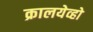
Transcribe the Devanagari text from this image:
क्रालयेव्हो